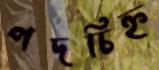
পদচিহ্ন